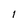
Character: l